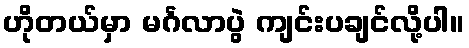
ဟိုတယ်မှာ မင်္ဂလာပွဲ ကျင်းပချင်လို့ပါ။